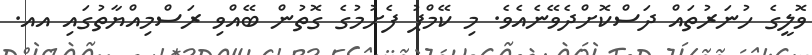
ވޮލީގެ ހުނަރުތައް ދަސްކޮށްދެވޭނެއެވެ. މި ކޭމްޕު ފެށުމުގެ ގޮތުން ބޭއްވި ރަސްމިއްޔާތުގައި އއ.